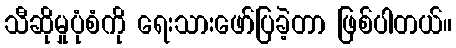
သီဆိုမှုပုံစံကို ရေးသားဖော်ပြခဲ့တာ ဖြစ်ပါတယ်။